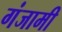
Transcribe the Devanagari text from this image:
गंजामी